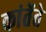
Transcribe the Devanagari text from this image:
कांतेंते